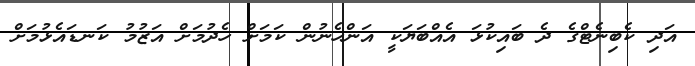
އަދި ކެބިނެޓްގެ ދެ ބައިކުޅަ އެއްބަޔަކީ އަންހެނުން ކަމަށް ހެދުމަށް އަޒުމު ކަނޑައެޅުމަށް